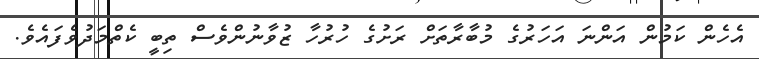
އެހެން ކަމުން އަންނަ އަހަރުގެ މުބާރާތަށް ރަށުގެ ހުރުހާ ޒުވާނުންވެސް ތިބީ ކެތްމަދުވެފައެވެ.